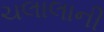
ચલાલાની